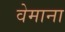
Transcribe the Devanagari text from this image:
वेमाना